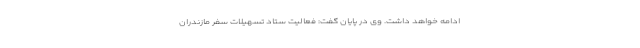
ادامه خواهد داشت. وی در پایان گفت: فعالیت ستاد تسهیلات سفر مازندران